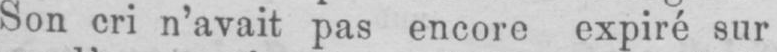
Son cri n’avait pas encore expiré sur